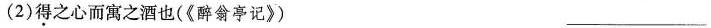
(2)得之心而寓之酒也(《醉翁亭记》) ___